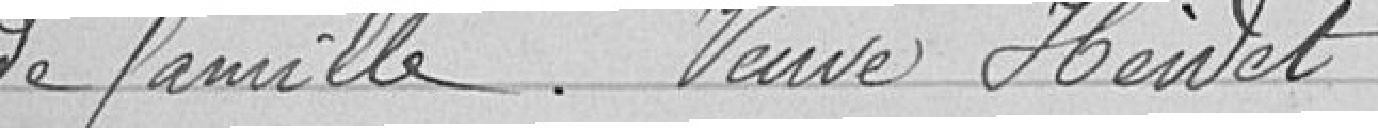
de famille. Veuve Heivet